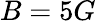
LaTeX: B=5G